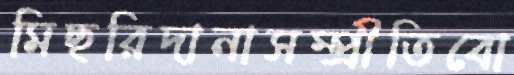
মিছরিদানাসম্প্রীতিবো